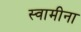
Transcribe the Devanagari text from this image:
स्वामीना